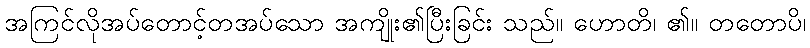
အကြင်လိုအပ်တောင့်တအပ်သော အကျိုး၏ပြီးခြင်း သည်။ ဟောတိ၊ ၏။ တတောပိ၊